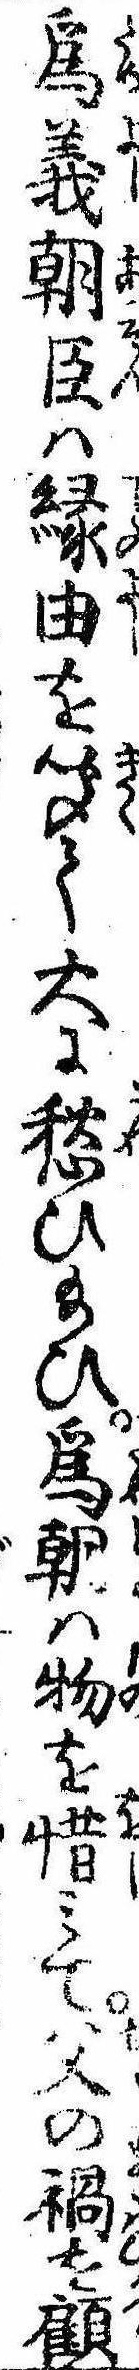
為義朝臣は縁由を聞て大に愁ひ給ひ為朝は物を惜みて父の禍を顧